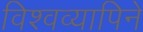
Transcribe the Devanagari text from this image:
विश्वव्यापिने